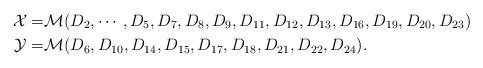
LaTeX: \begin{align*}\mathcal{X}=&\mathcal{M}(D_2, \cdots, D_{5}, D_7, D_8, D_{9}, D_{11}, D_{12}, D_{13}, D_{16}, D_{19}, D_{20}, D_{23}) \\\mathcal{Y}=&\mathcal{M}(D_6, D_{10}, D_{14}, D_{15}, D_{17}, D_{18}, D_{21}, D_{22}, D_{24}).\end{align*}